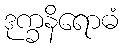
ဒုက္ခနိရောဓံ